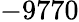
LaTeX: -9770